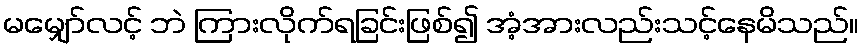
မမျှော်လင့် ဘဲ ကြားလိုက်ရခြင်းဖြစ်၍ အံ့အားလည်းသင့်နေမိသည်။